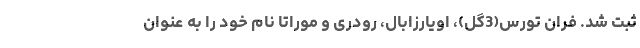
ثبت شد. فران تورس(3گل)، اویارزابال، رودری و موراتا نام خود را به عنوان